Document type: Sale
Year: 1354
Scribe: Bernat de Torre
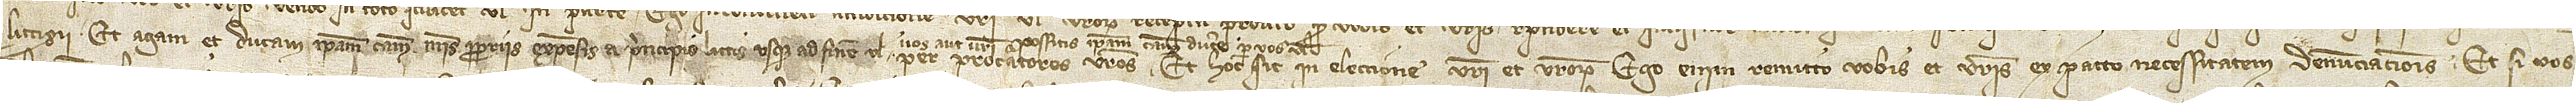
litigii. Et agam et ducam ipsam causam meis propriis expensis a principio littis usque ad finem, vel per procuratores vestros. Et hoc sit in eleccione vestri et vestrorum. Ego enim remitto vobis et vestris ex pacto necessitatem denunciacionis. Et si vos